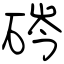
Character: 硶